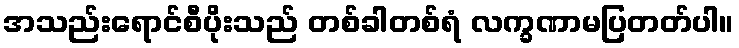
အသည်းရောင်စီပိုးသည် တစ်ခါတစ်ရံ လက္ခဏာမပြတတ်ပါ။